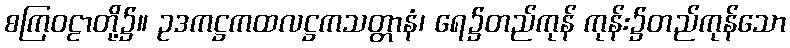
စကြဝဠာတို့၌။ ဥဒကဋ္ဌကထလဋ္ဌကသတ္တာနံ၊ ရေ၌တည်ကုန် ကုန်း၌တည်ကုန်သော